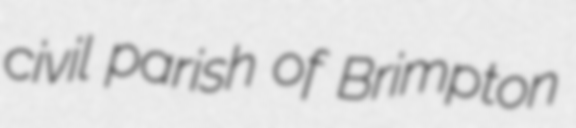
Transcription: civil parish of Brimpton